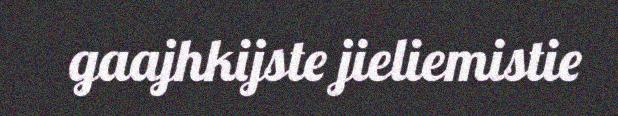
gaajhkijste jieliemistie